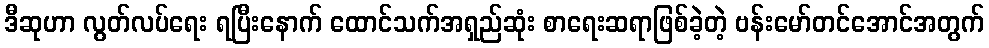
ဒီဆုဟာ လွတ်လပ်ရေး ရပြီးနောက် ထောင်သက်အရှည်ဆုံး စာရေးဆရာဖြစ်ခဲ့တဲ့ ဗန်းမော်တင်အောင်အတွက်